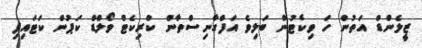
ޒީލެންޑް އަތުން ހަ ވިކެޓުން ބަލިވެ އަފްގާނިސްތާން ކްރިކެޓް ވޯލްޑް ކަޕުން ކަޓައިފި